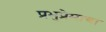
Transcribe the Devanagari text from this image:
प्रभुप्रेमाचा